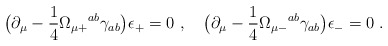
\begin{align*}\bigl (\partial_\mu - {1\over 4} \Omega_{\mu +}{}^{ab}\gamma_{ab}\bigr)\epsilon _{+} = 0\ , \quad \bigl (\partial_\mu - {1\over 4}\Omega_{\mu -}{}^{ab}\gamma_{ab}\bigr)\epsilon _{-} = 0\ .\end{align*}